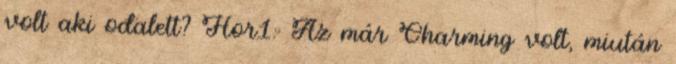
volt aki odalett? Hor1: Az már Charming volt, miután